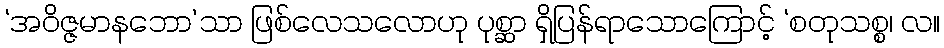
‘အဝိဇ္ဇမာနဘော’သာ ဖြစ်လေသလောဟု ပုစ္ဆာ ရှိပြန်ရာသောကြောင့် ‘စတုသစ္စ၊ လ။